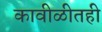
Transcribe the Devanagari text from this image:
कावीळीतही